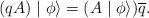
LaTeX: \begin{align*}(qA)\mid\phi \rangle=(A\mid\phi \rangle)\overline{q}.\end{align*}